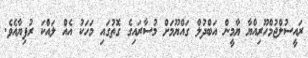
ރައީސުލްޖުމްހޫރިއްޔާ ޔާމީން އަބްދުލް ގައްޔޫމަށް މުސާރައިގެ ގޮތުގައި މަހަކު އެއް ލައްކަ ރުފިޔާއެވެ.